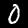
Label: 0